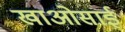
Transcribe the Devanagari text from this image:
खाओसाई